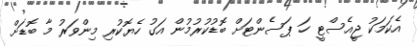
އެކަމަކު ޖީއެސްޓީ ހަ ޕަސެންޓަށް ބޮޑުކުރުމުން އަގު ހެޔޮކުރި މިންވަރު މާ ބޮޑަށް